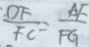
\frac { D F } { F C } = \frac { A F } { F G }